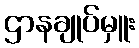
ဌာနချုပ်မှူး